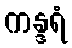
ကန္ဒရံ